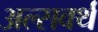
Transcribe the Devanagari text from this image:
अल्सवर्थ